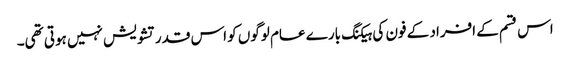
اس قسم کے افراد کے فون کی ہیکنگ بارے عام لوگوں کو اس قدر تشویش نہیں ہوتی تھی۔